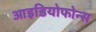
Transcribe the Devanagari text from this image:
आइडियोफोन्स